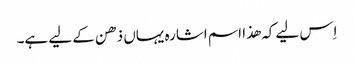
اِس لیے کہ ھذا اسم اشارہ یہاں ذھن کے لیے ہے۔